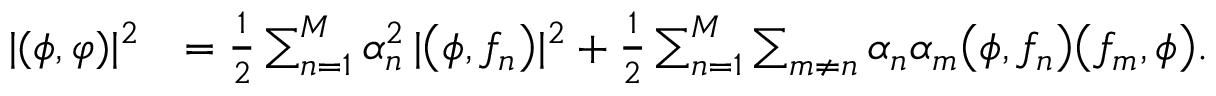
\begin{array} { r l } { | ( \phi , \varphi ) | ^ { 2 } } & { = \frac { 1 } { 2 } \sum _ { n = 1 } ^ { M } \alpha _ { n } ^ { 2 } \, | \bigl ( \phi , f _ { n } \bigr ) | ^ { 2 } + \frac { 1 } { 2 } \sum _ { n = 1 } ^ { M } \sum _ { m \neq n } \alpha _ { n } \alpha _ { m } \bigl ( \phi , f _ { n } \bigr ) \bigl ( f _ { m } , \phi \bigr ) . } \end{array}